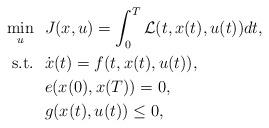
LaTeX: \begin{align*}\min_u\ \ & J(x,u)=\int_0^T \mathcal{L}(t,x(t),u(t))dt, \\{\rm s.t.}\ \ & \dot{x}(t) = f(t,x(t),u(t)), \\& e(x(0),x(T)) = 0, \\& g(x(t),u(t))\leq 0, \end{align*}